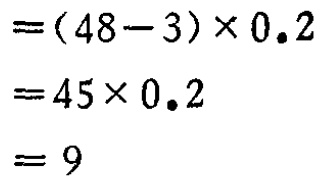
\[

\begin{align*}

&=(48 - 3)\times0.2\\

&=45\times0.2\\

&=9

\end{align*}

\]